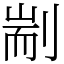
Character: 剬